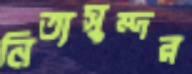
নিত্যসুন্দর